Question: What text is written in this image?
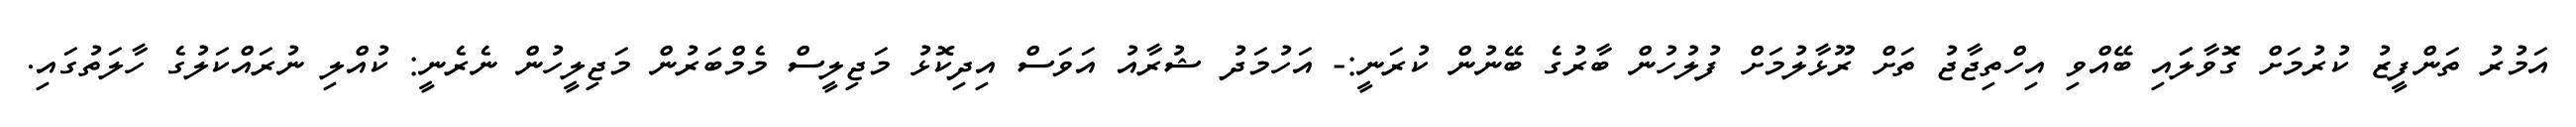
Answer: އަމުރު ތަންފީޒު ކުރުމަށް ގޮވާލަައި ބޭއްވި އިހްތިޖާޖު ތަށް ރޫޅާލުމަށް ފުލުހުން ބާރުގެ ބޭނުން ކުރަނީ:- އަހުމަދު ޝުރާއު އަވަސް އިދިކޮޅު މަޖިލީސް މެމްބަރުން މަޖިލީހުން ނެރެނީ: ކުއްލި ނުރައްކަލުގެ ހާލަތުގައި.